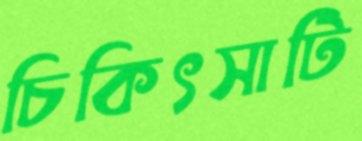
চিকিৎসাটি